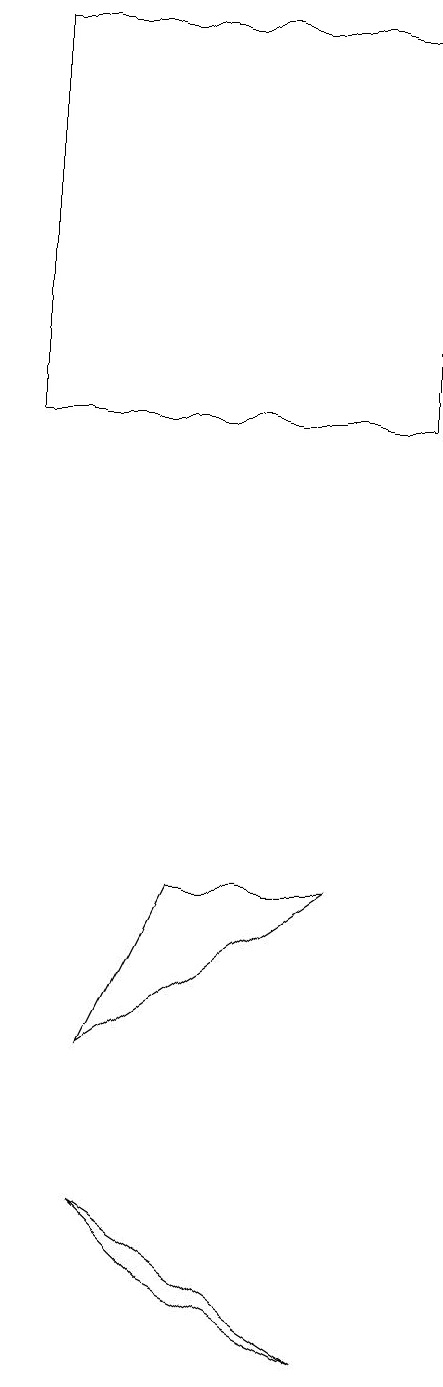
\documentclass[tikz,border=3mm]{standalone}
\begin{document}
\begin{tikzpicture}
\draw (2,12) rectangle (7,17);
\draw (6,0) -- (3,2) -- (4,1) -- cycle;
\draw (4,6) -- (6,6) -- (3,4) -- cycle;
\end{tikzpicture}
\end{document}